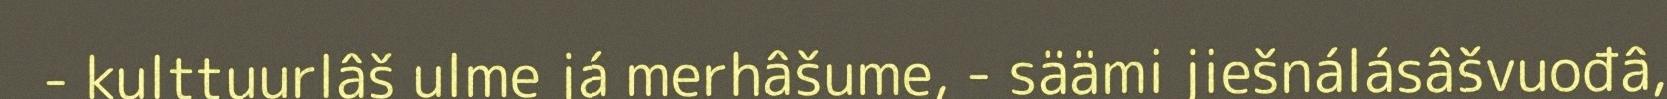
- kulttuurlâš ulme já merhâšume, - säämi jiešnálásâšvuođâ,